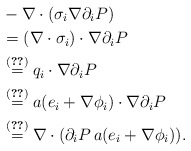
\begin{align*}&-\nabla \cdot (\sigma_i \nabla \partial_i P)\\&=(\nabla \cdot \sigma_i) \cdot \nabla \partial_i P\\&\stackrel{\eqref{EquationSigma}}{=}q_i \cdot \nabla \partial_i P\\&\stackrel{\eqref{Equationq}}{=}a(e_i+\nabla \phi_i) \cdot \nabla \partial_i P\\&\stackrel{\eqref{EquationCorrector}}{=}\nabla \cdot (\partial_i P\, a(e_i+\nabla \phi_i)).\end{align*}